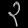
Digit: ၃